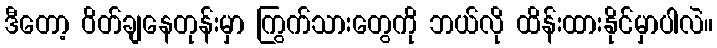
ဒီတော့ ဝိတ်ချနေတုန်းမှာ ကြွက်သားတွေကို ဘယ်လို ထိန်းထားနိုင်မှာပါလဲ။